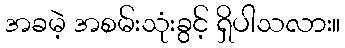
အခမဲ့ အစမ်းသုံးခွင့် ရှိပါသလား။